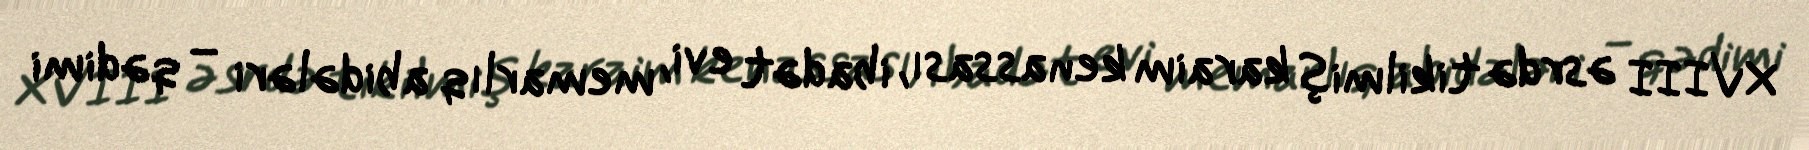
XVIII əsrdə tikilmiş karaim kenassası, ibadət evi, memarlıq abidələri – qədimi